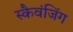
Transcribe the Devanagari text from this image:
स्कैवंजिंग